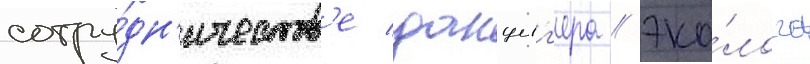
сотру́дн'ичеств'е данциг'ера / эко́лога